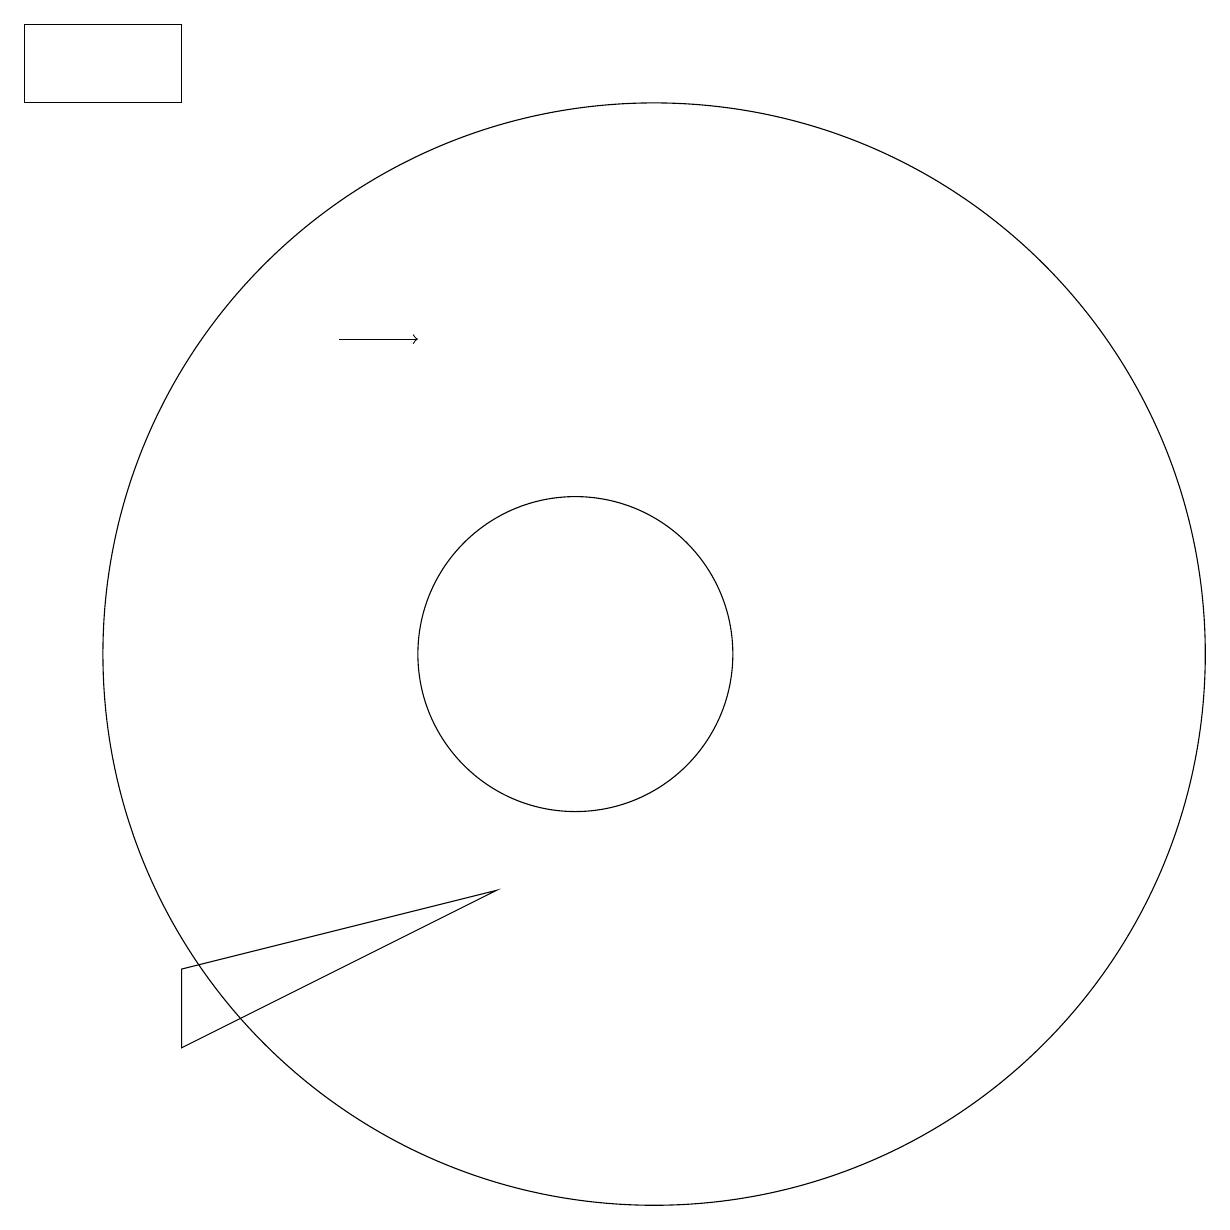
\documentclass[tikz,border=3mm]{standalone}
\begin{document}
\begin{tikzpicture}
\draw (11,10) circle (7);
\draw (5,6) -- (9,7) -- (5,5) -- cycle;
\draw (5,17) rectangle (3,18);
\draw[->] (7,14) -- (8,14);
\draw (10,10) circle (2);
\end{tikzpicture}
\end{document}